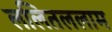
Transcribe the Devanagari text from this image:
ललितललाम